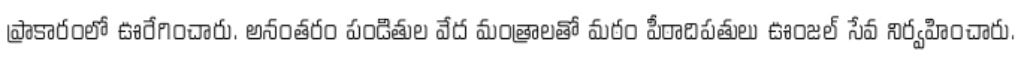
ప్రాకారంలో ఊరేగించారు. అనంతరం పండితుల వేద మంత్రాలతో మఠం పీఠాదిపతులు ఊంజల్ సేవ నిర్వహించారు.